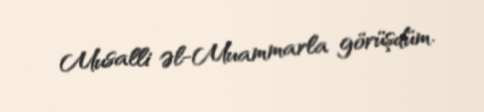
Musalli Əl-Muammarla görüşdüm.